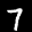
Label: 7